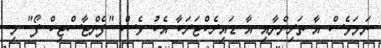
ނަމަވެސް އާ ތަރިންނާއި އާ ޑައިރެކްޓަރަކާ އެކު ވެސް "ފެންޓާސްޓިކް ފޯ" މި